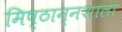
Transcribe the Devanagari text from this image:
मिष्ठान्नशाला